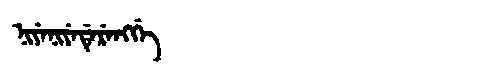
Manchu: ᠨᡳᠶᡝᠨᡳᠶᡝᡩᡝᡵᡝᠩᡤᡝ
Romanization: NIYENIYEDERENGGE